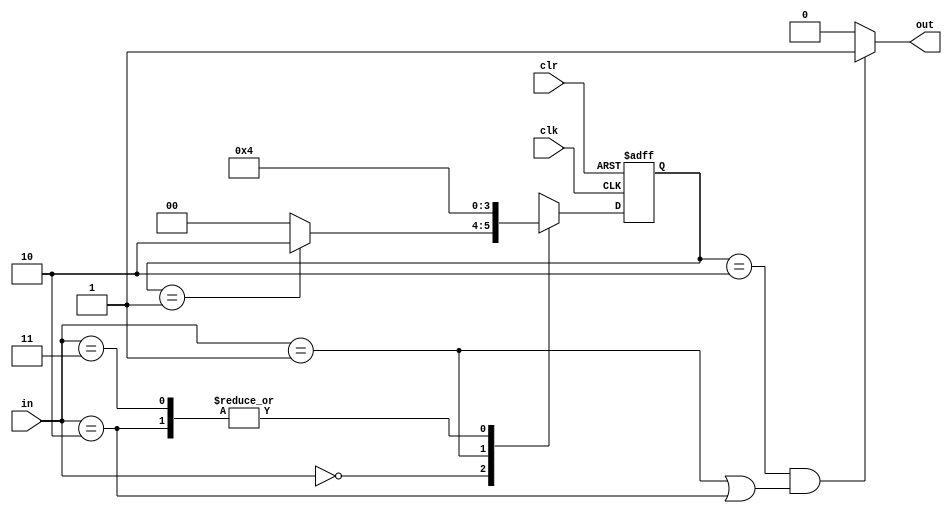
`timescale 1ns / 1ps
//////////////////////////////////////////////////////////////////////////////////
// Company: 
// Engineer: 
// 
// Design Name: 
// Module Name:    fsm 
// Project Name: 
// Target Devices: 
// Tool versions: 
// Description: 
//
// Dependencies: 
//
// Revision: 
// Revision 0.01 - File Created
// Additional Comments: 
//
//////////////////////////////////////////////////////////////////////////////////
module fsm(
	input [1:0] in,
	input clr,
	input clk,
	output out);

	reg [1:0] state;

	initial begin
		state = 0;
	end
	assign out = (state == 2 &&(in == 1 || in ==2)) ? 1:0;
	


	always@(posedge clk or posedge clr) begin
		if(clr) begin
			state <= 0;
		end
		else begin
			case(in)
				2'b00 : begin
					state <= (state==1) ? 2:0;
				end
				2'b01 : begin
					state <= 1;
				end
				2'b10 : begin
					state <= 0;
				end
				2'b11 : begin
					state <= 0;
				end
			endcase
		end
	end
endmodule